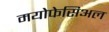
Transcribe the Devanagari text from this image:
मयोफेसिअल